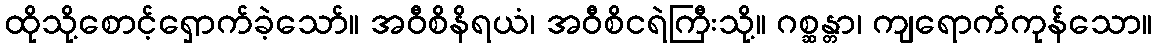
ထိုသို့စောင့်ရှောက်ခဲ့သော်။ အဝီစိနိရယံ၊ အဝီစိငရဲကြီးသို့။ ဂစ္ဆန္တာ၊ ကျရောက်ကုန်သော။